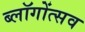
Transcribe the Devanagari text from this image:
ब्लॉगोंत्सव